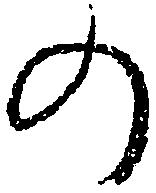
の